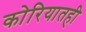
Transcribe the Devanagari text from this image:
कोरियातही